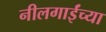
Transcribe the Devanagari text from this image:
नीलगाईंच्या